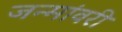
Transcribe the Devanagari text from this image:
जन्मांवरी